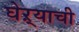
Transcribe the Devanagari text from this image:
घेऱ्याची